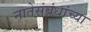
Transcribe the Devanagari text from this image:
नातेसंबंधांच्या